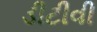
ડીટીવી